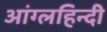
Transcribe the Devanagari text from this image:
आंग्लहिन्दी